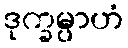
ဒုက္ခမ္ပာဟံ